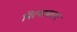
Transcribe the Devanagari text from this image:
नित्यावतार